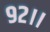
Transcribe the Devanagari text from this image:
९२।।